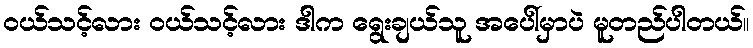
ဝယ်သင့်လား ဝယ်သင့်လား ဒါက ရွေးချယ်သူ အပေါ်မှာပဲ မူတည်ပါတယ်။